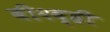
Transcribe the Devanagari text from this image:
बी२व्ही